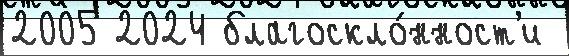
2005 2024 благоскло́нност'и